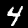
Digit: 4